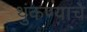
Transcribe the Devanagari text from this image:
थुंकण्याचे